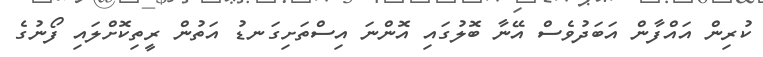
ކުރިން އައްފާން އަބަދުވެސް އޭނާ ބޮލުގައި އޮންނަ އިސްތަށިގަނޑު އަތުން ރީތިކޮށްލައި ފޯނުގެ